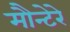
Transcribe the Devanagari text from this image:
मौन्टेरे